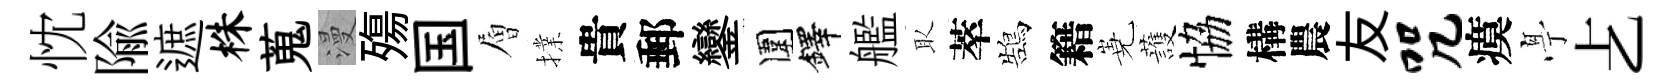
忱隃遮株蒐漫殤国層擈貴郵鑾圍鐸艦取萃鵠籍嶤䕶恊構農友咒瘼𠅘𠧒